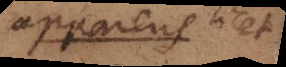
apparens licet